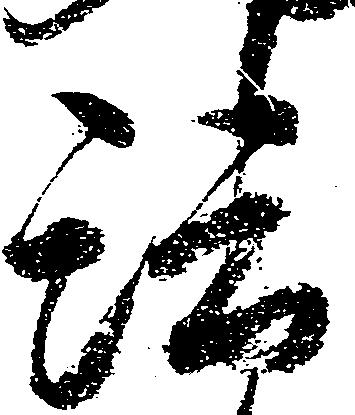
法